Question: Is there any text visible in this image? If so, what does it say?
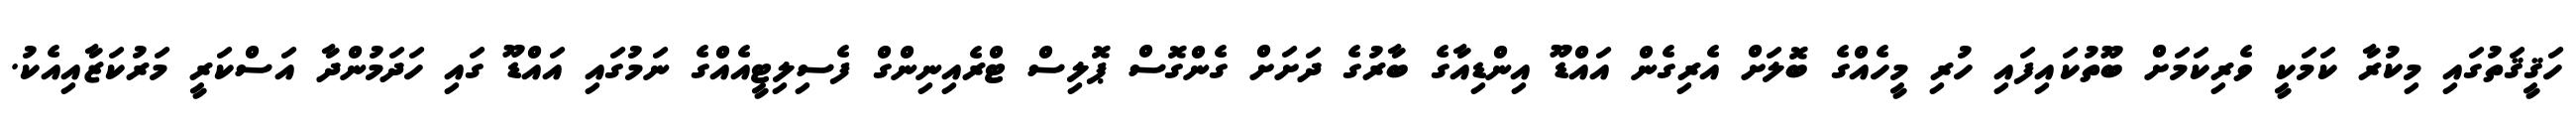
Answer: ހަޤީޤަތުގައި މިކުރާ ކަމަކީ ވެރިކަމަށް ބޫތުކައިފައި ހުރި މީހެއްގެ ބޮލަށް އެރިގެން އައްޑޫ އިންޑިއާގެ ބާރުގެ ދަށަށް ގެންގޮސް ޕޮލިސް ޓްރެއިނިންގް ފެސިލިޓީއެއްގެ ނަމުގައި އައްޑޫ ގައި ހަދަމުންދާ އަސްކަރީ މަރުކަޒާއިއެކު.